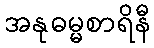
အနုဓမ္မစာရိနီ